Source: Handwritten
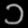
Digit: ၁ (1)